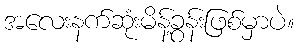
အလေးနက်ဆုံးမိန့်ခွန်းဖြစ်မှာပဲ။